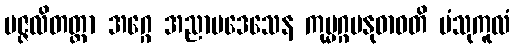
ပဇ္ဇလိတတ္တာ အဂ္ဂေ အညာပဒေသေန ကုမ္မဂ္ဂမနုဓာဝတိ ပံသုကူလံ